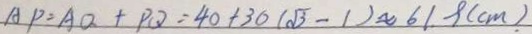
A P = A O + P Q = 4 0 + 3 0 ( \sqrt { 3 } - 1 ) \approx 6 1 . 9 ( c m ) \cdot